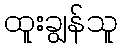
ထူးချွန်သူ